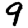
Digit: 9